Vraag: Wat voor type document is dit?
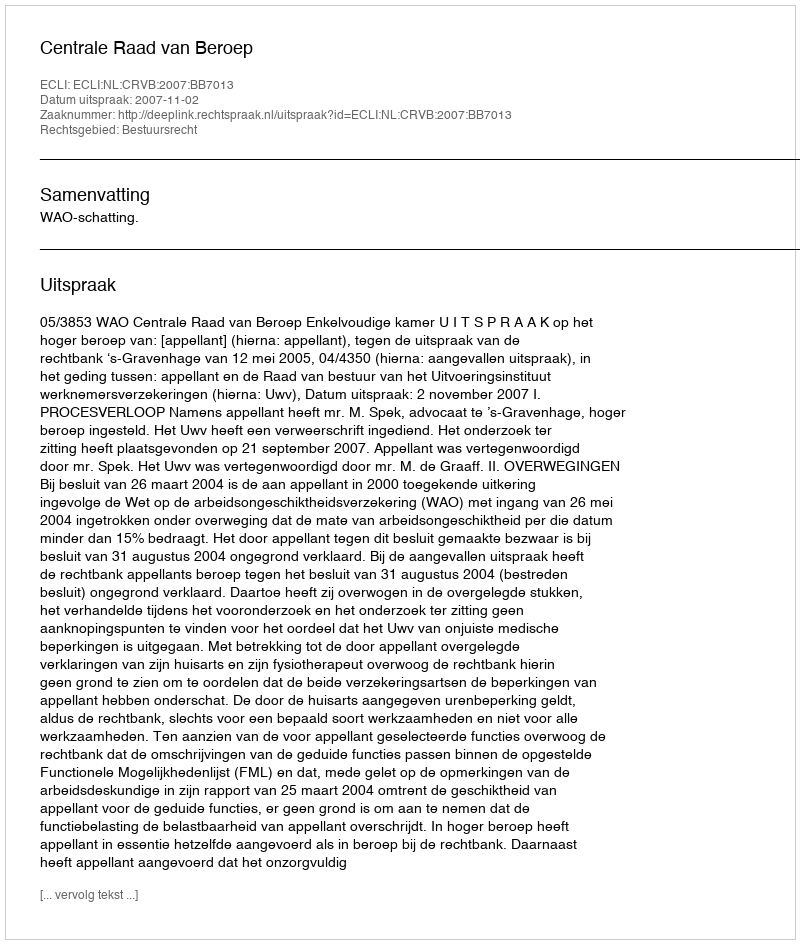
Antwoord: Uitspraak